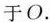
于O。